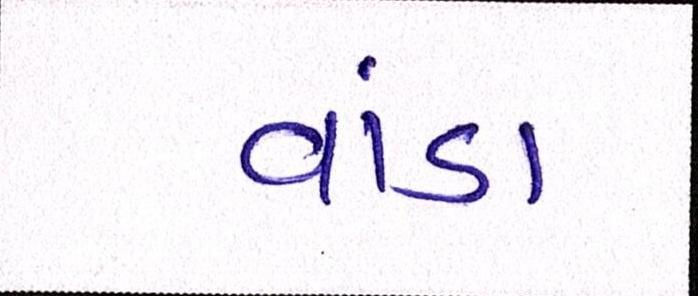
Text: વાંડા